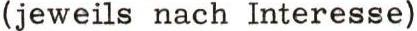
(jeweils nach Interesse)